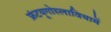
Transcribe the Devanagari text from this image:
फ्रंटयूगोस्लावियामें